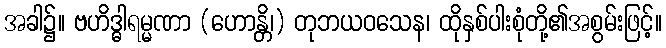
အခါ၌။ ဗဟိဒ္ဓါရမ္မဏာ (ဟောန္တိ၊) တုဘယဝသေန၊ ထိုနှစ်ပါးစုံတို့၏အစွမ်းဖြင့်။